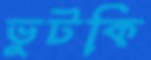
ভুটকি